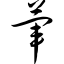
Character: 荤